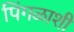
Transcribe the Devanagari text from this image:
पिंगळाशी